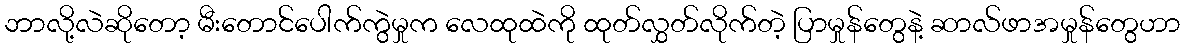
ဘာလို့လဲဆိုတော့ မီးတောင်ပေါက်ကွဲမှုက လေထုထဲကို ထုတ်လွှတ်လိုက်တဲ့ ပြာမှုန်တွေနဲ့ ဆာလ်ဖာအမှုန်တွေဟာ